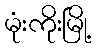
မုံးကိုးမြို့